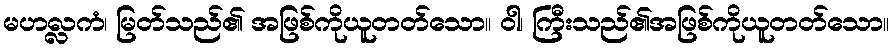
မဟလ္လကံ၊ မြတ်သည်၏ အဖြစ်ကိုယူတတ်သော။ ဝါ၊ ကြီးသည်၏အဖြစ်ကိုယူတတ်သော။